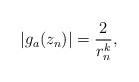
LaTeX: \begin{align*}|g_a(z_n)| = \frac{2}{r_n^k},\end{align*}